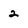
Character: 2